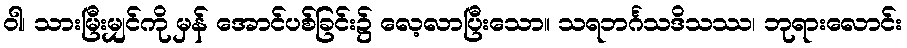
ဝါ၊ သားမြီးမျှင်ကို မှန် အောင်ပစ်ခြင်း၌ လေ့လာပြီးသော။ သရဘင်္ဂသဒိသဿ၊ ဘုရားလောင်း